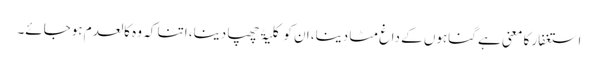
استغفار کا معنی ہے گناہوں کے داغ مٹا دینا، ان کو کلیۃً چھپا دینا، اتنا کہ وہ کالعدم ہوجائے۔